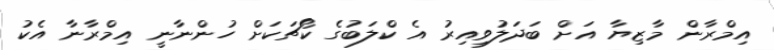
އިމްރާން މާޒިޔާ އަށް ބަދަލުވިއިރު އެ ކްލަބުގެ ކޯޗަކަށް ހުންނާނީ އިމްރާނާ އެކު